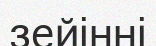
зейінні